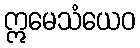
ဣမေသံယေဝ